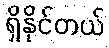
ရှိနိုင်တယ်